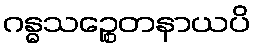
ဂန္ဓသဉ္စေတနာယပိ